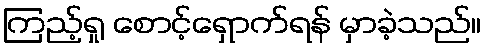
ကြည့်ရှု စောင့်ရှောက်ရန် မှာခဲ့သည်။